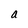
Character: a